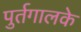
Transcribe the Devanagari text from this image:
पुर्तगालके